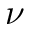
\nu